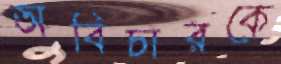
অবিচারকে